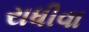
રાધીવા